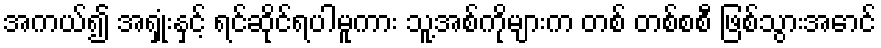
အကယ်၍ အရှုံးနှင့် ရင်ဆိုင်ရပါမူကား သူ့အစ်ကိုများက တစ် တစ်စစီ ဖြစ်သွားအောင်